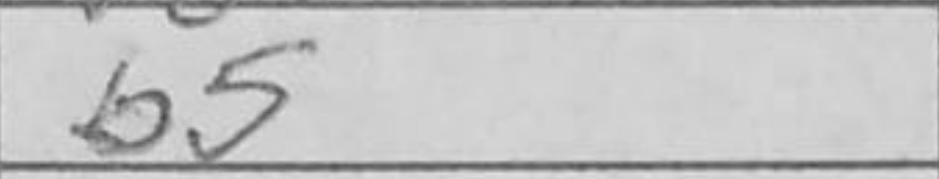
Transcription: b5